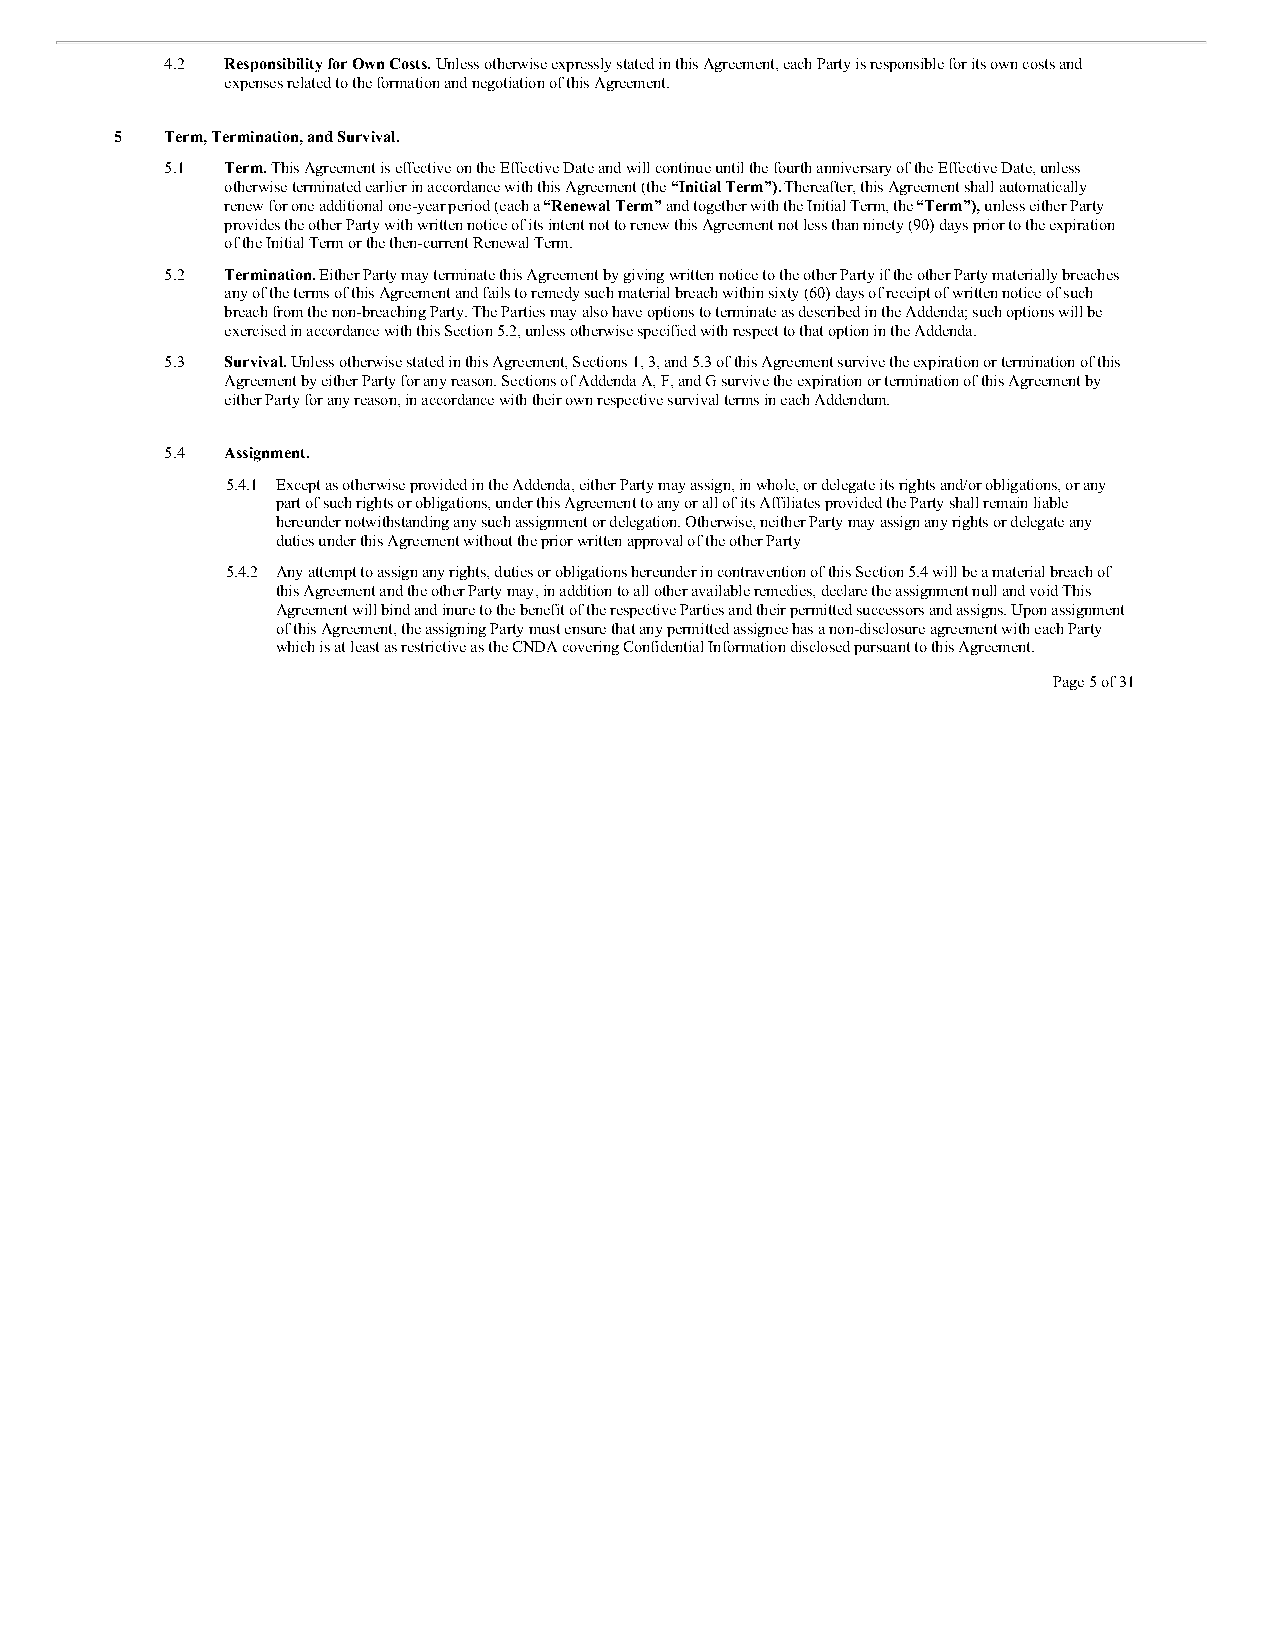
4.2 Responsibility for Own Costs. Unless otherwise expressly stated in this Agreement, each Party is responsible for its own costs and
 expenses related to the formation and negotiation of this Agreement.
 5  Term, Termination, and Survival.
 5.1 Term. This Agreement is effective on the Effective Date and will continue until the fourth anniversary of the Effective Date, unless
 otherwise terminated earlier in accordance with this Agreement (the “Initial Term”). Thereafter, this Agreement shall automatically
 renew for one additional one-year period (each a “Renewal Term” and together with the Initial Term, the “Term”), unless either Party
 provides the other Party with written notice of its intent not to renew this Agreement not less than ninety (90) days prior to the expiration
 of the Initial Term or the then-current Renewal Term.
 5.2 Termination. Either Party may terminate this Agreement by giving written notice to the other Party if the other Party materially breaches
 any of the terms of this Agreement and fails to remedy such material breach within sixty (60) days of receipt of written notice of such
 breach from the non-breaching Party. The Parties may also have options to terminate as described in the Addenda; such options will be
 exercised in accordance with this Section 5.2, unless otherwise specified with respect to that option in the Addenda.
 5.3 Survival. Unless otherwise stated in this Agreement, Sections 1, 3, and 5.3 of this Agreement survive the expiration or termination of this
 Agreement by either Party for any reason. Sections of Addenda A, F, and G survive the expiration or termination of this Agreement by
 either Party for any reason, in accordance with their own respective survival terms in each Addendum.
 5.4 Assignment.
 5.4.1 Except as otherwise provided in the Addenda, either Party may assign, in whole, or delegate its rights and/or obligations, or any
 part of such rights or obligations, under this Agreement to any or all of its Affiliates provided the Party shall remain liable
 hereunder notwithstanding any such assignment or delegation. Otherwise, neither Party may assign any rights or delegate any
 duties under this Agreement without the prior written approval of the other Party
 5.4.2 Any attempt to assign any rights, duties or obligations hereunder in contravention of this Section 5.4 will be a material breach of
 this Agreement and the other Party may, in addition to all other available remedies, declare the assignment null and void This
 Agreement will bind and inure to the benefit of the respective Parties and their permitted successors and assigns. Upon assignment
 of this Agreement, the assigning Party must ensure that any permitted assignee has a non-disclosure agreement with each Party
 which is at least as restrictive as the CNDA covering Confidential Information disclosed pursuant to this Agreement.
 Page 5 of 31